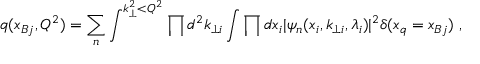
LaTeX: q ( x _ { B j } , Q ^ { 2 } ) = \sum _ { n } \int ^ { k _ { \perp } ^ { 2 } < Q ^ { 2 } } \prod d ^ { 2 } k _ { \perp i } \int { \prod d x _ { i } } \vert \psi _ { n } ( x _ { i } , k _ { \perp i } , \lambda _ { i } ) \vert ^ { 2 } \delta ( x _ { q } = x _ { B j } ) \; ,